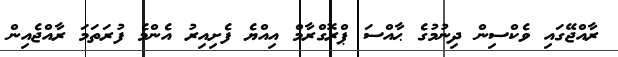
ރާއްޖޭގައި ވެކްސިން ދިނުމުގެ ޙާއްސަ ޕްރޮގްރާމް އިއްޔެ ފެށިއިރު އެންމެ ފުރަތަމަ ރާއްޖެއިން